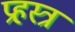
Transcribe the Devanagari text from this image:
प्रहस्त्र